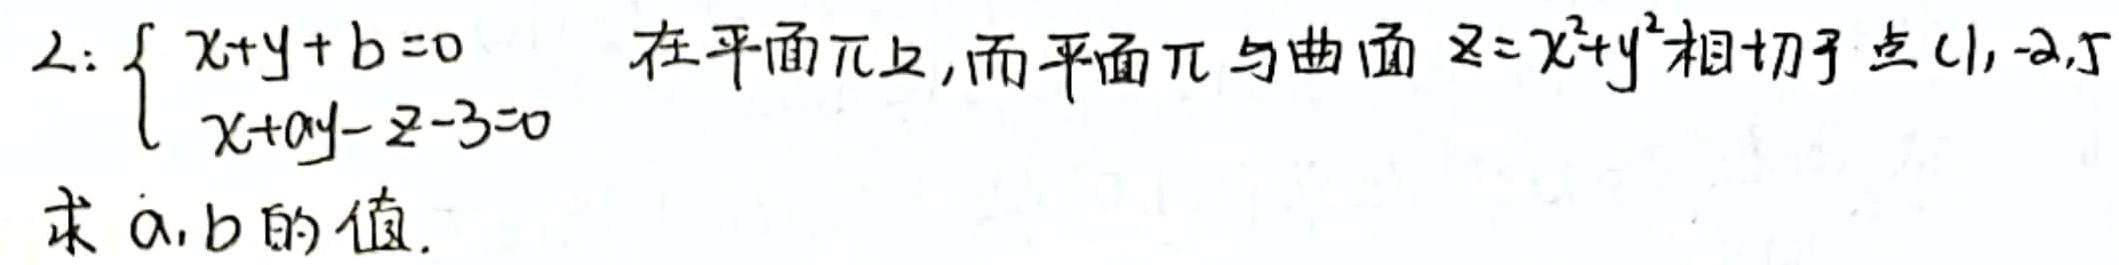
$L:\left\{\begin{array}{l}x + y + b = 0\\x + ay - z - 3 = 0\end{array}\right.$在平面$\pi$上,而平面$\pi$与曲面$z = x^{2}+y^{2}$相切于点$(1,-2,5)$.求$a,b$的值.